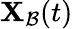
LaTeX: \mathbf{X}_{\mathcal{B}}(t)